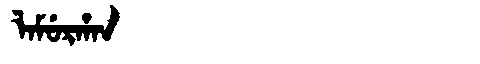
Manchu: ᠯᠠᠮᡠᡵᡥᠠᠨ
Romanization: LAMURHAN